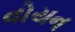
વોયન